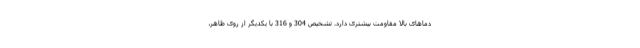
دماهای بالا مقاومت بیشتری دارد. تشخیص 304 و 316 با یکدیگر از روی ظاهر،